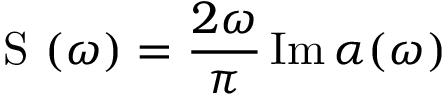
\mathrm { ~ S ~ } ( \omega ) = \frac { 2 \omega } { \pi } \operatorname { I m } \alpha ( \omega )